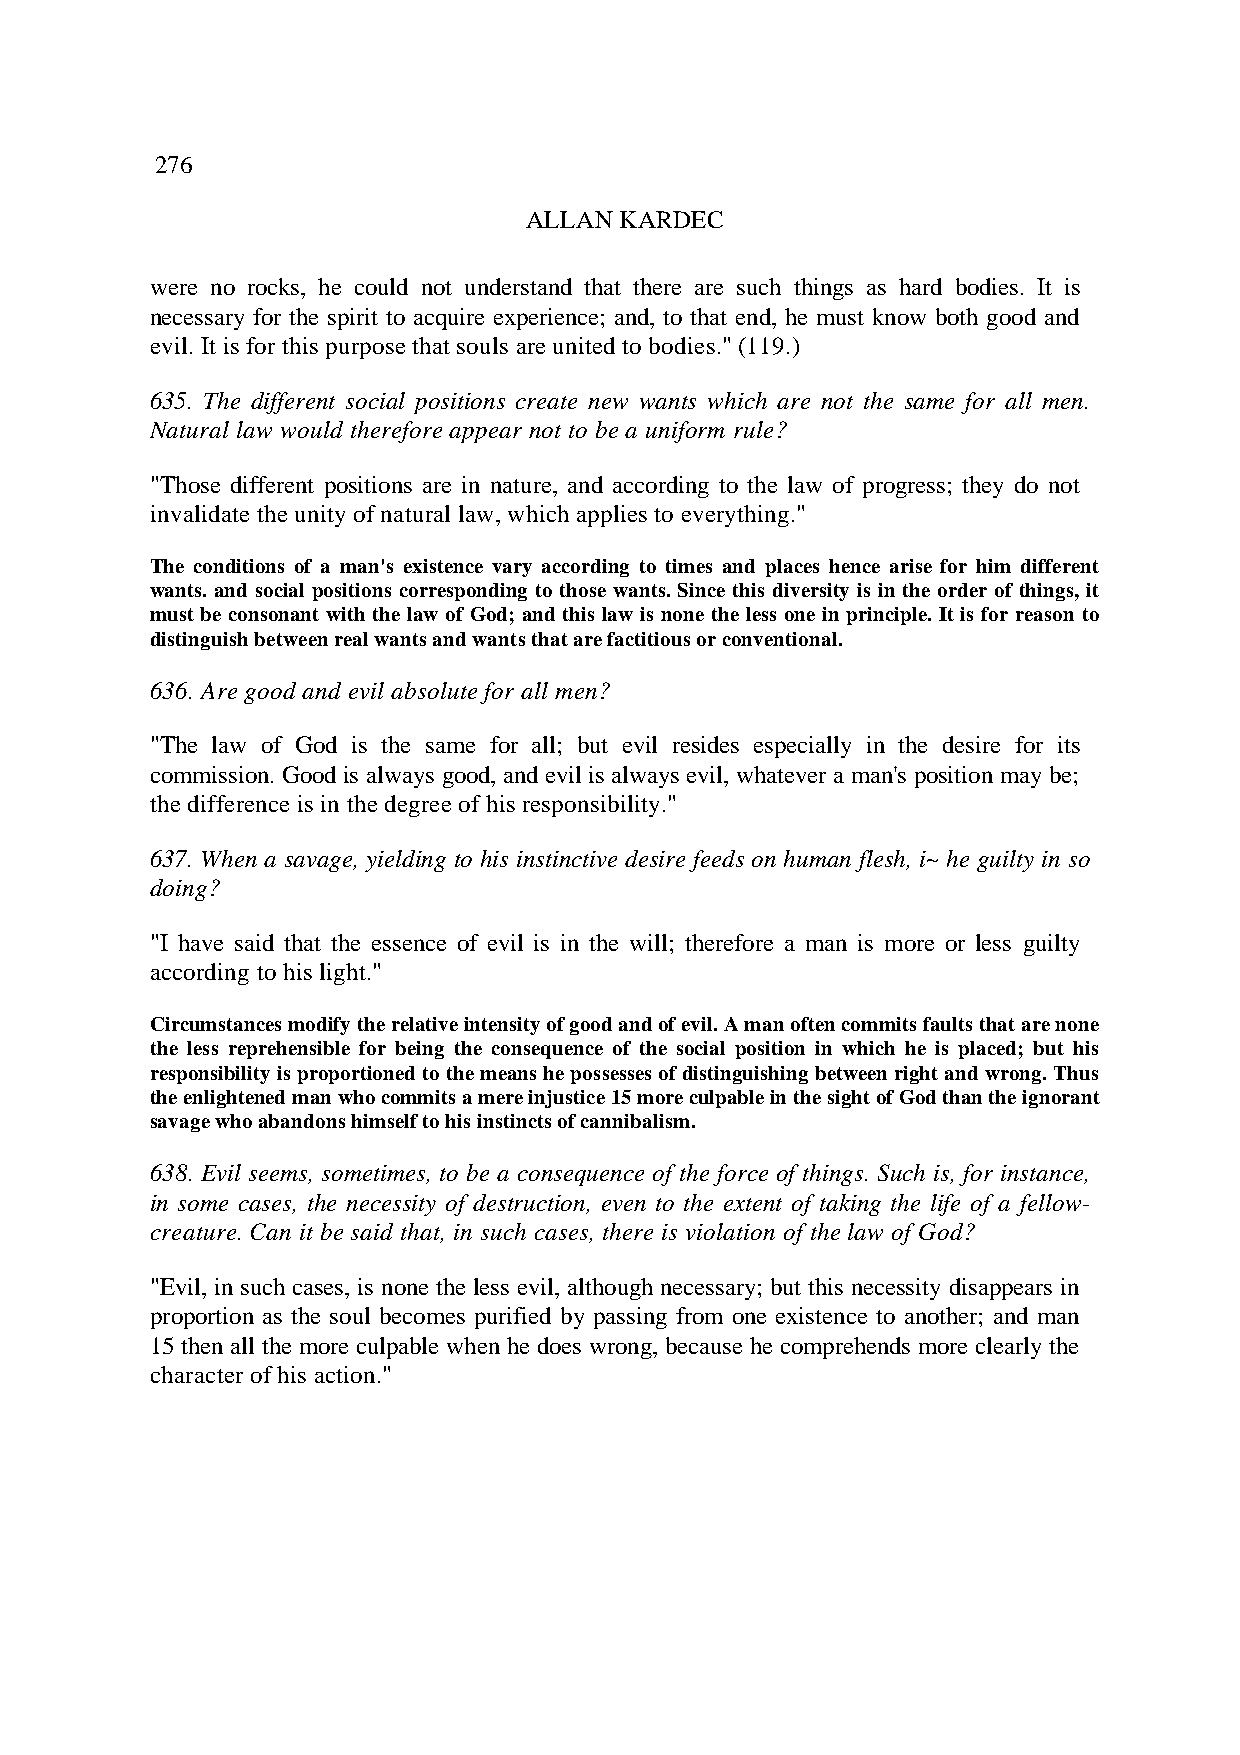
276
 ALLAN KARDEC
 were no rocks, he could not understand that there are such things as hard bodies. It is
 necessary for the spirit to acquire experience; and, to that end, he must know both good and
 evil. It is for this purpose that souls are united to bodies." (119.)
 635. The different social positions create new wants which are not the same for all men.
 Natural law would therefore appear not to be a uniform rule?
 "Those different positions are in nature, and according to the law of progress; they do not
 invalidate the unity of natural law, which applies to everything."
 The conditions of a man's existence vary according to times and places hence arise for him different
 wants. and social positions corresponding to those wants. Since this diversity is in the order of things, it
 must be consonant with the law of God; and this law is none the less one in principle. It is for reason to
 distinguish between real wants and wants that are factitious or conventional.
 636. Are good and evil absolute for all men?
 "The law of God is the same for all; but evil resides especially in the desire for its
 commission. Good is always good, and evil is always evil, whatever a man's position may be;
 the difference is in the degree of his responsibility."
 637. When a savage, yielding to his instinctive desire feeds on human flesh, i~ he guilty in so
 doing?
 "I have said that the essence of evil is in the will; therefore a man is more or less guilty
 according to his light."
 Circumstances modify the relative intensity of good and of evil. A man often commits faults that are none
 the less reprehensible for being the consequence of the social position in which he is placed; but his
 responsibility is proportioned to the means he possesses of distinguishing between right and wrong. Thus
 the enlightened man who commits a mere injustice 15 more culpable in the sight of God than the ignorant
 savage who abandons himself to his instincts of cannibalism.
 638. Evil seems, sometimes, to be a consequence of the force of things. Such is, for instance,
 in some cases, the necessity of destruction, even to the extent of taking the life of a fellow-
 creature. Can it be said that, in such cases, there is violation of the law of God?
 "Evil, in such cases, is none the less evil, although necessary; but this necessity disappears in
 proportion as the soul becomes purified by passing from one existence to another; and man
 15 then all the more culpable when he does wrong, because he comprehends more clearly the
 character of his action."